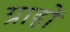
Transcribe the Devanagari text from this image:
ग्राहों